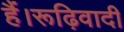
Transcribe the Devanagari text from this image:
हैं।रूढ़िवादी